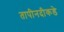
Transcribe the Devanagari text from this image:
तापीनदीकडे